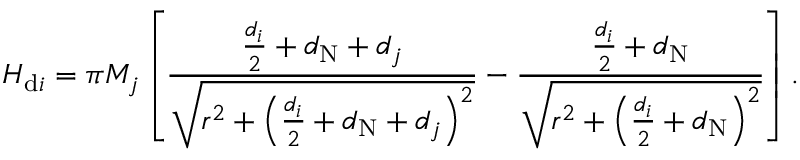
H _ { \mathrm { d } i } = \pi M _ { j } \left[ \frac { \frac { d _ { i } } { 2 } + d _ { \mathrm { N } } + d _ { j } } { \sqrt { r ^ { 2 } + \left( \frac { d _ { i } } { 2 } + d _ { \mathrm { N } } + d _ { j } \right) ^ { 2 } } } - \frac { \frac { d _ { i } } { 2 } + d _ { \mathrm { N } } } { \sqrt { r ^ { 2 } + \left( \frac { d _ { i } } { 2 } + d _ { \mathrm { N } } \right) ^ { 2 } } } \right] .